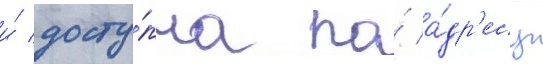
и́ досту́пна по́ а́др'есу